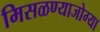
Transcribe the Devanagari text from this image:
मिसळण्याजोग्या